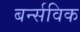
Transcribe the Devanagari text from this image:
बर्न्सविक